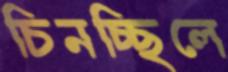
চিনচ্ছিলে